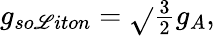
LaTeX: g_{so\mathscr{L}iton}=\sqrt{}{{\textstyle{\frac{{3}}{{2}}}}}g_{A},